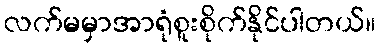
လက်မမှာအာရုံစူးစိုက်နိုင်ပါတယ်။